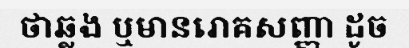
ថាឆ្លង ឬមានរោគសញ្ញា ដូច